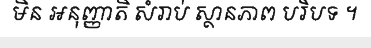
មិន អនុញ្ញាតិ សំរាប់ ស្ថានភាព បរិបទ ។